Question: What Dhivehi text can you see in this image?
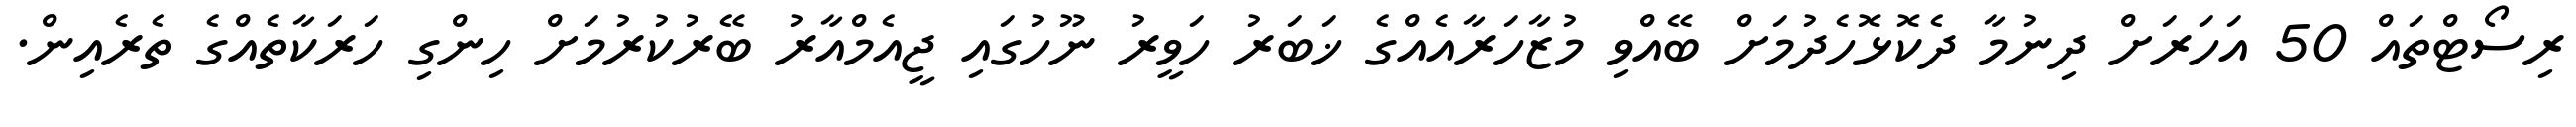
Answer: ރިސޯޓްތައް 50 އަހަރަށް ދިނުމާ ދެކޮޅޮހެދުމަށް ބޭއްވި މުޒާހަރާއެއްގެ ޚަބަރު ހަވީރު ނޫހުގައި ޖީއެމްއާރު ބޭރުކުރުމަށް ހިންގި ހަރަކާތެއްގެ ތެރެއިން.